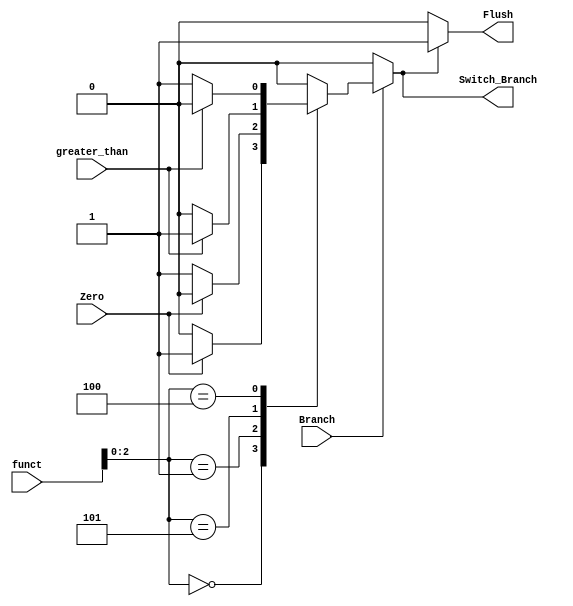
`timescale 1ns / 1ps
//////////////////////////////////////////////////////////////////////////////////
// Company: 
// Engineer: 
// 
// Design Name: 
// Module Name: Branch_Control
// Project Name: 
// Target Devices: 
// Tool Versions: 
// Description: 
// 
// Dependencies: 
// 
// Revision:
// Revision 0.01 - File Created
// Additional Comments:
// 
//////////////////////////////////////////////////////////////////////////////////


module Branch_Control
(
    input Branch, Zero, greater_than,
    input [3:0] funct,
    output reg Switch_Branch, Flush
);


always @(*) begin
    // Check if Branch signal is active
    if (Branch) begin

        // Case on funct[2:0]
        case ({funct[2:0]})

            // when funct[2:0] is 000
            3'b000: begin
                // Check if Zero signal is active
                if (Zero)
                    Switch_Branch = 1;  // Set Switch_Branch_branch to 1
                else
                    Switch_Branch = 0;  // Set Switch_Branch_branch to 0
            end

            // when funct[2:0] is 001
            3'b001: begin
                // Check if Zero signal is active
                if (Zero)
                    Switch_Branch = 0;  // Set Switch_Branch_branch to 0
                else
                    Switch_Branch = 1;  // Set Switch_Branch_branch to 1
            end

            //  when funct[2:0] is 101
            3'b101: begin
                // Check if greater_than signal is active
                if (greater_than)
                    Switch_Branch = 1;  // Set Switch_Branch_branch to 1
                else
                    Switch_Branch = 0;  // Set Switch_Branch_branch to 0
            end

            // when funct[2:0] is 100
            3'b100: begin
                // Check if greater_than signal is active
                if (greater_than)
                    Switch_Branch = 0;  // Set Switch_Branch_branch to 0
                else
                    Switch_Branch = 1;  // Set Switch_Branch_branch to 1
            end

            // Default case
            default: Switch_Branch = 0;  // Set Switch_Branch_branch to 0

        endcase
    
    end
    
    else
        Switch_Branch = 0;  // Set Switch_Branch_branch to 0 if Branch signal is inactive
end

always @(Switch_Branch) begin
    // Synchronise switch branch value with flush signal : Flush is used to flush the instruction in all stages
    if (Switch_Branch)
        Flush <= 1;  
    else
        Flush <= 0; 
    
end

endmodule